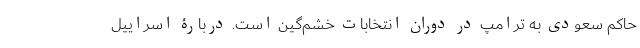
حاکم سعودی به ترامپ در دوران انتخابات خشم‌گین است. دربارۀ اسراییل